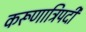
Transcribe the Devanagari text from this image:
करूणात्रिपदी